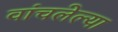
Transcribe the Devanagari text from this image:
वांचलेल्या